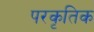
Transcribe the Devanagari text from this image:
परकृतिक